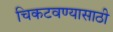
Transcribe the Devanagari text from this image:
चिकटवण्यासाठी